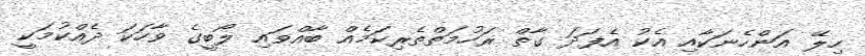
ހިލޭ އަންހެނަކާއި އެކު އެފަދަ ގާތް ރަހުމަތްތެރިކަމެއް ބާއްވައި ލޯބީގެ ވާހަކަ ދެއްކުމަކީ